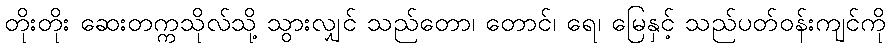
တိုးတိုး ဆေးတက္ကသိုလ်သို့ သွားလျှင် သည်တော၊ တောင်၊ ရေ၊ မြေနှင့် သည်ပတ်ဝန်းကျင်ကို